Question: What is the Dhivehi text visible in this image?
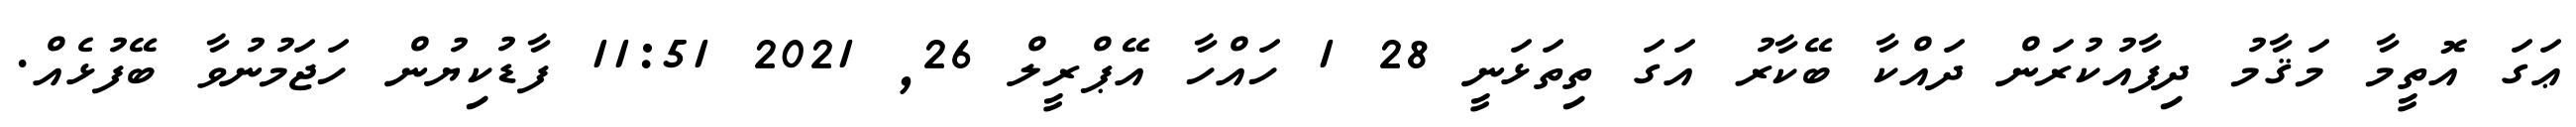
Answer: ޢަގަ އޮތީމާ މަޤާމު ދިފާއުކުރަން ދައްކާ ބޭކާރު އަގަ ތިތަޅަނީ 28 1 ހައްހާ އޭޕްރީލް 26, 2021 11:51 ފާޑުކިޔުން ހަޖަމުނުވާ ބޭފުޅެއް.